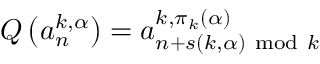
Q \left( a _ { n } ^ { k , \alpha } \right) = a _ { n + s ( k , \alpha ) { ~ \mathrm { m o d } } ~ k } ^ { k , \pi _ { k } ( \alpha ) }